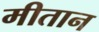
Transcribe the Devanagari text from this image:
मीतान